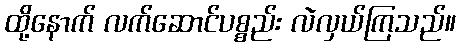
ထို့နောက် လက်ဆောင်ပစ္စည်း လဲလှယ်ကြသည်။